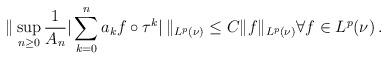
LaTeX: \begin{align*}\|\sup_{n\ge 0} \frac1{A_{n}}|\sum_{k=0}^{n}a_kf\circ \tau^k|\, \|_{L^p(\nu)}\le C\|f\|_{L^p(\nu)} \forall f\in L^p(\nu)\,.\end{align*}